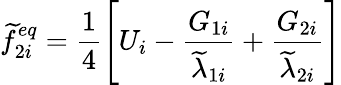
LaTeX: \widetilde{f}_{2i}^{eq}=\frac{1}{4}\left[U_{i}-\frac{G_{1i}}{\widetilde{\lambda}_{1i}}+\frac{G_{2i}}{\widetilde{\lambda}_{2i}}\right]